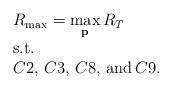
LaTeX: \begin{align*}\begin{array}{l}R_{\max}=\mathop {\max }\limits_{\bf p} {R_T}\\{\rm{s}}{\rm{.t}}{\rm{.}}\\C2,\,C3,\,C8,\,{\rm and}\,C9.\end{array}\end{align*}